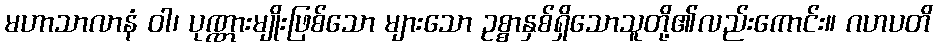
မဟာသာလာနံ ဝါ၊ ပုဏ္ဏားမျိုးဖြစ်သော များသော ဥစ္စာနှစ်ရှိသောသူတို့၏လည်းကောင်း။ ဂဟပတိ